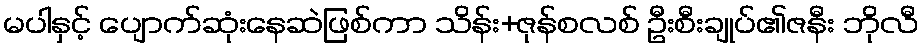
မပါနှင့် ပျောက်ဆုံးနေဆဲဖြစ်ကာ သိန်း+ဇုန်စလစ် ဦးစီးချုပ်၏ဇနီး ဘိုလီ